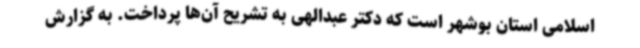
اسلامی استان بوشهر است که دکتر عبدالهی به تشریح آن‌ها پرداخت. به گزارش